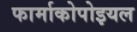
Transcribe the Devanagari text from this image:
फार्माकोपोइयल